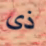
ذى